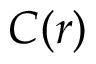
C ( \boldsymbol r )